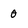
Character: 0